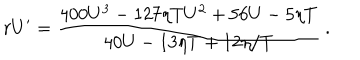
LaTeX: r U ^ { \prime } = { \frac { 4 0 0 U ^ { 3 } - 1 2 7 \eta T U ^ { 2 } + 5 6 U - 5 \eta T } { 4 0 U - 1 3 \eta T + { 1 2 \eta / T } } } ~ .